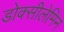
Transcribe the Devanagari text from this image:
डोक्सीलेमिन